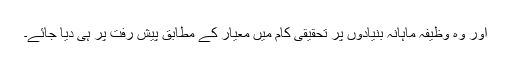
اور وہ وظیفہ ماہانہ بنیادوں پر تحقیقی کام میں معیار کے مطابق پیش رفت پر ہی دیا جائے۔